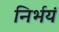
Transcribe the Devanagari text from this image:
निर्भयं